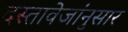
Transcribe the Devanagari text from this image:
दस्तावेजांनुसार